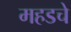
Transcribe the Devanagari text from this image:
महडचे